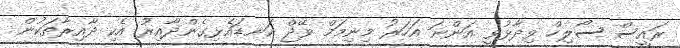
ރައީސް ސޯލިހް ވިދާޅުވީ އަންނަ އަހަރު މިނިމަމް ވޭޖް ކަނޑައެޅިގެންދާއިރު އެކި ދާއިރާތަކުން